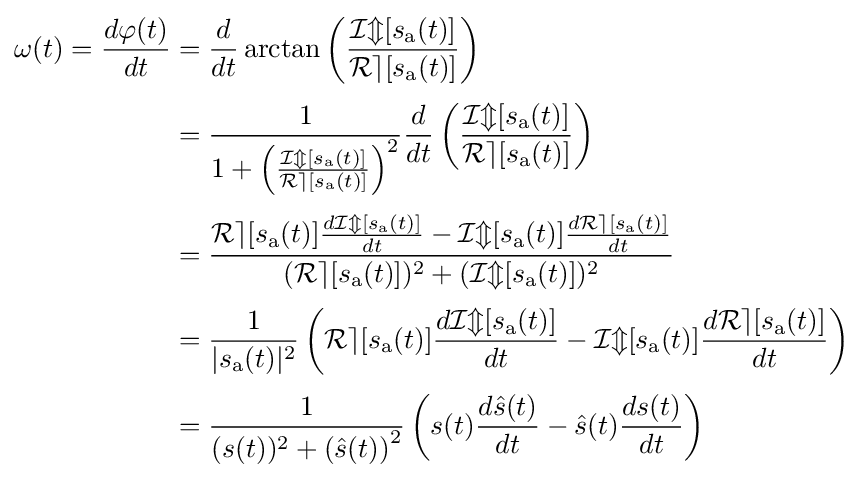
{\begin{aligned}\omega (t)={\frac {d\varphi (t)}{dt}}&={\frac {d}{dt}}\arctan \left({\frac {{\mathcal {Im}}[s_{\mathrm {a} }(t)]}{{\mathcal {Re}}[s_{\mathrm {a} }(t)]}}\right)\\[3pt]&={\frac {1}{1+\left({\frac {{\mathcal {Im}}[s_{\mathrm {a} }(t)]}{{\mathcal {Re}}[s_{\mathrm {a} }(t)]}}\right)^{2}}}{\frac {d}{dt}}\left({\frac {{\mathcal {Im}}[s_{\mathrm {a} }(t)]}{{\mathcal {Re}}[s_{\mathrm {a} }(t)]}}\right)\\[3pt]&={\frac {{\mathcal {Re}}[s_{\mathrm {a} }(t)]{\frac {d{\mathcal {Im}}[s_{\mathrm {a} }(t)]}{dt}}-{\mathcal {Im}}[s_{\mathrm {a} }(t)]{\frac {d{\mathcal {Re}}[s_{\mathrm {a} }(t)]}{dt}}}{({\mathcal {Re}}[s_{\mathrm {a} }(t)])^{2}+({\mathcal {Im}}[s_{\mathrm {a} }(t)])^{2}}}\\[3pt]&={\frac {1}{|s_{\mathrm {a} }(t)|^{2}}}\left({\mathcal {Re}}[s_{\mathrm {a} }(t)]{\frac {d{\mathcal {Im}}[s_{\mathrm {a} }(t)]}{dt}}-{\mathcal {Im}}[s_{\mathrm {a} }(t)]{\frac {d{\mathcal {Re}}[s_{\mathrm {a} }(t)]}{dt}}\right)\\[3pt]&={\frac {1}{(s(t))^{2}+\left({\hat {s}}(t)\right)^{2}}}\left(s(t){\frac {d{\hat {s}}(t)}{dt}}-{\hat {s}}(t){\frac {ds(t)}{dt}}\right)\end{aligned}}